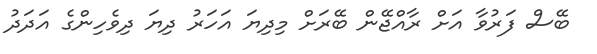
ބޭސް ފަރުވާ އަށް ރާއްޖޭން ބޭރަށް މިދިޔަ އަހަރު ދިޔަ ދިވެހިންގެ އަދަދު